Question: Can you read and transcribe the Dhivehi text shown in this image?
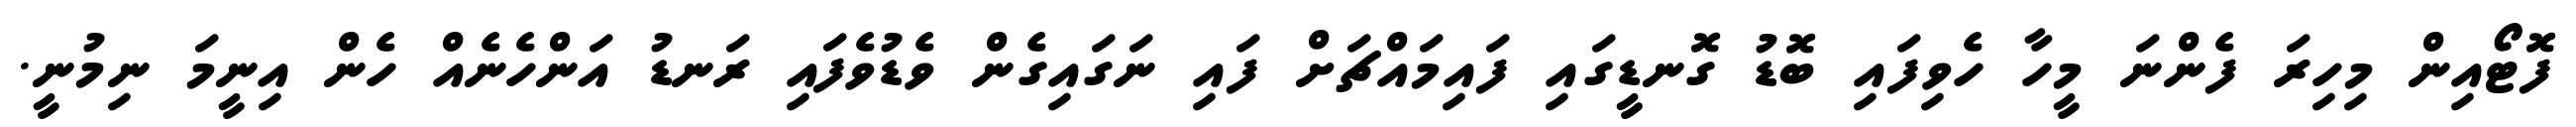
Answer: ފޮޓޯއިން މިހިރަ ފެންނަ މީހާ ހެވިފައި ބޮޑު ގޮނޑީގައި ފައިމައްޗަށް ފައި ނަގައިގެން ވެޑުވެފައި ރަނޑު އަންހެނެއް ހެން އިނީމަ ނިމުނީ.